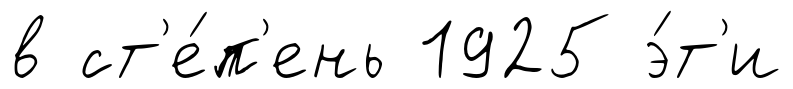
в ст'е́п'ень 1925 э́т'и